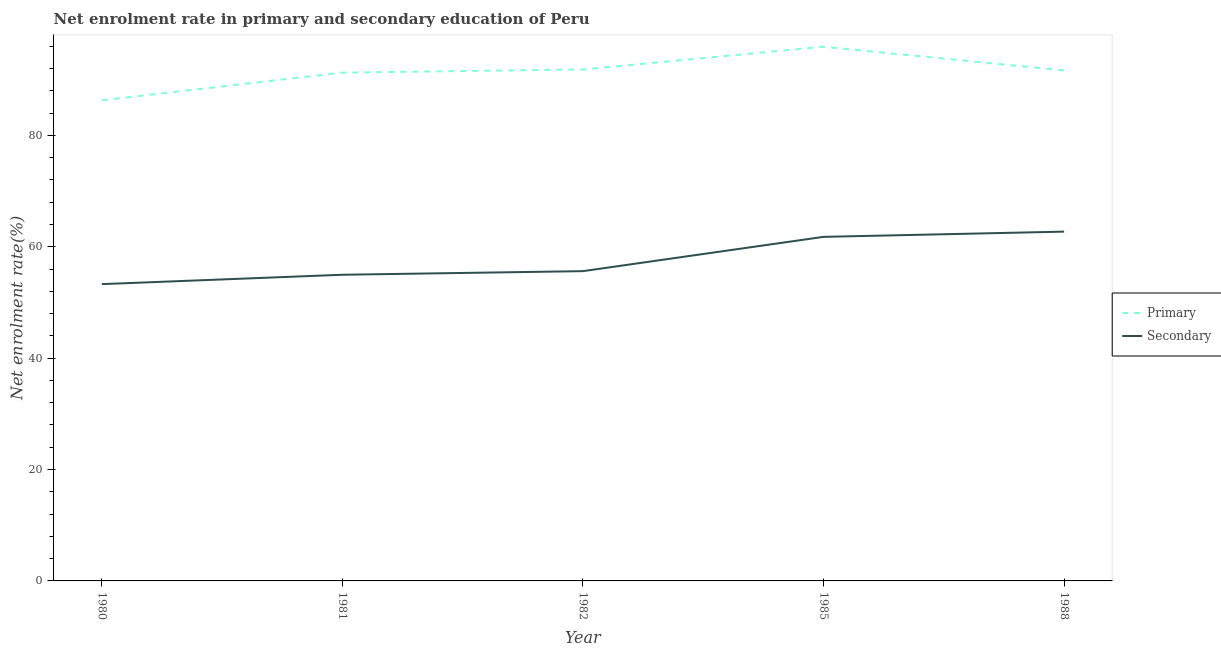
| Year | Primary | Secondary |
 | --- | --- | --- |
 | 1980 | 86.3 | 53.3 |
 | 1981 | 91.3 | 55 |
 | 1982 | 91.8 | 55.6 |
 | 1985 | 95.9 | 61.8 |
 | 1988 | 91.7 | 62.7 |